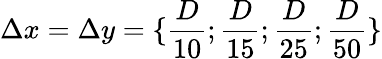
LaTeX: \Delta x=\Delta y=\{ \frac{D}{10};\frac{D}{15};\frac{D}{25};\frac{D}{50}\}